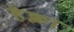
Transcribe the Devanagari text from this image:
हेक्ला